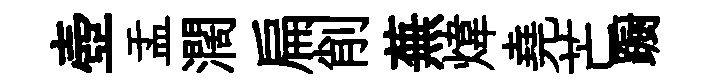
壺盂濶扁削蕪煒堯芒蹰